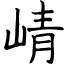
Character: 崝